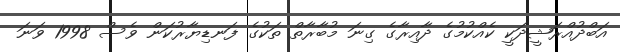
އަބްދުއްރަޝީދަކީ ކެއްކުމުގެ ދާއިރާގެ ގިނަ މުބާރާތް ތަކުގެ ފަނޑިޔާރުކަން ވެސް 1998 ވަނަ